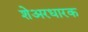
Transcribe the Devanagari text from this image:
शेअरधारक